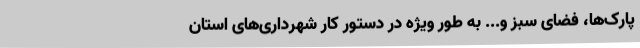
پارک‌ها، فضای سبز و... به طور ویژه در دستور کار شهرداری‌های استان